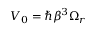
V _ { 0 } = \hbar \beta ^ { 3 } \Omega _ { r }